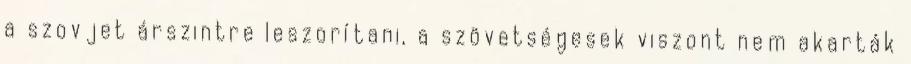
a szovjet árszintre leszorítani, a szövetségesek viszont nem akarták